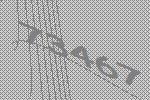
73467